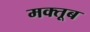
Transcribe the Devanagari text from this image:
मक्तूब